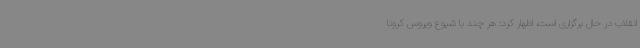
انقلاب در حال برگزاری است، اظهار کرد: هر چند با شیوع ویروس کرونا